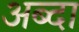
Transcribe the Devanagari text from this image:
अब्दा